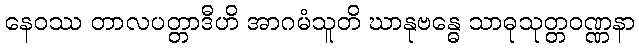
နေဝဿ တာလပတ္တာဒီဟိ အာဂမံသူတိ ဃာနုဗန္ဓေ သာဓုသုတ္တဝဏ္ဏနာ